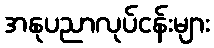
အနုပညာလုပ်ငန်းများ